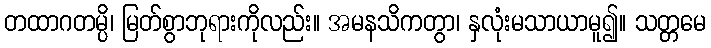
တထာဂတမ္ပိ၊ မြတ်စွာဘုရားကိုလည်း။ အမနသိကတွာ၊ နှလုံးမသာယာမူ၍။ သတ္တမေ